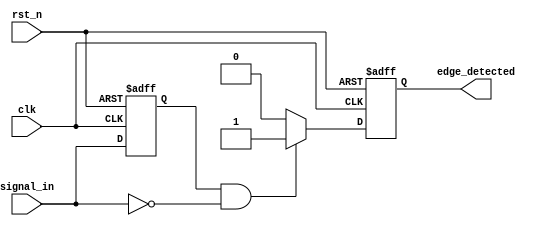
module falling_edge_detector (
    input wire clk,          // Clock input
    input wire rst_n,       // Asynchronous active-low reset
    input wire signal_in,    // Input signal to monitor for falling edges
    output reg edge_detected // Output signal indicating a falling edge
);

    reg signal_prev; // Memory block to store the previous state of the input signal

    always @(posedge clk or negedge rst_n) begin
        if (!rst_n) begin
            // Asynchronous reset
            signal_prev <= 1'b0; // Initialize previous state to low
            edge_detected <= 1'b0; // Initialize output to low
        end else begin
            // On rising edge of the clock
            edge_detected <= 1'b0; // Reset output to low by default
            if (signal_prev == 1'b1 && signal_in == 1'b0) begin
                // Falling edge detected
                edge_detected <= 1'b1; // Set output high for one clock cycle
            end
            // Update previous state
            signal_prev <= signal_in;
        end
    end

endmodule